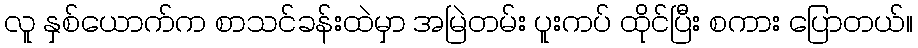
လူ နှစ်ယောက်က စာသင်ခန်းထဲမှာ အမြဲတမ်း ပူးကပ် ထိုင်ပြီး စကား ပြောတယ်။